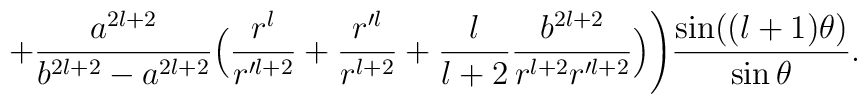
+\frac{a^{2l+2}}{b^{2l+2}-a^{2l+2}}\Big(\frac{r^l}{r'^{l+2}}+\frac{r'^l}{r^{l+2}}+\frac{l}{l+2}\frac{b^{2l+2}}{r^{l+2}r'^{l+2}}\Big)\Bigg)\frac{\sin((l+1)\theta)}{\sin\theta}.